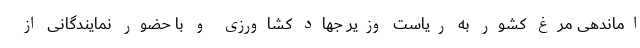
اماندهی مرغ کشور به ریاست وزیر جهاد کشاورزی و با حضور نمایندگانی از